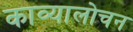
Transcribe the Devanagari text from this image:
काव्यालोचन